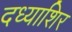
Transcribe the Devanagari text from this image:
दध्याशिर